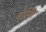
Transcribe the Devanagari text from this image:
बोर्सिग